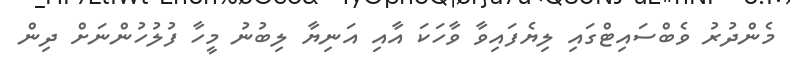
މެންދުރު ވެބްސައިޓްގައި ލިޔެފައިވާ ވާހަކަ އާއި އަނިޔާ ލިބުނު މީހާ ފުލުހުންނަށް ދިން